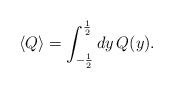
\begin{align*}\langle Q \rangle= \int_{-\frac{1}{2}}^{\frac{1}{2}} dy \, Q(y).\end{align*}